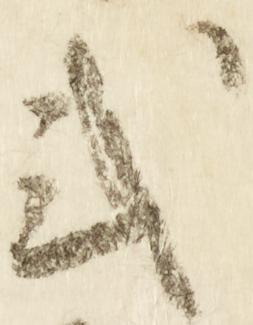
式